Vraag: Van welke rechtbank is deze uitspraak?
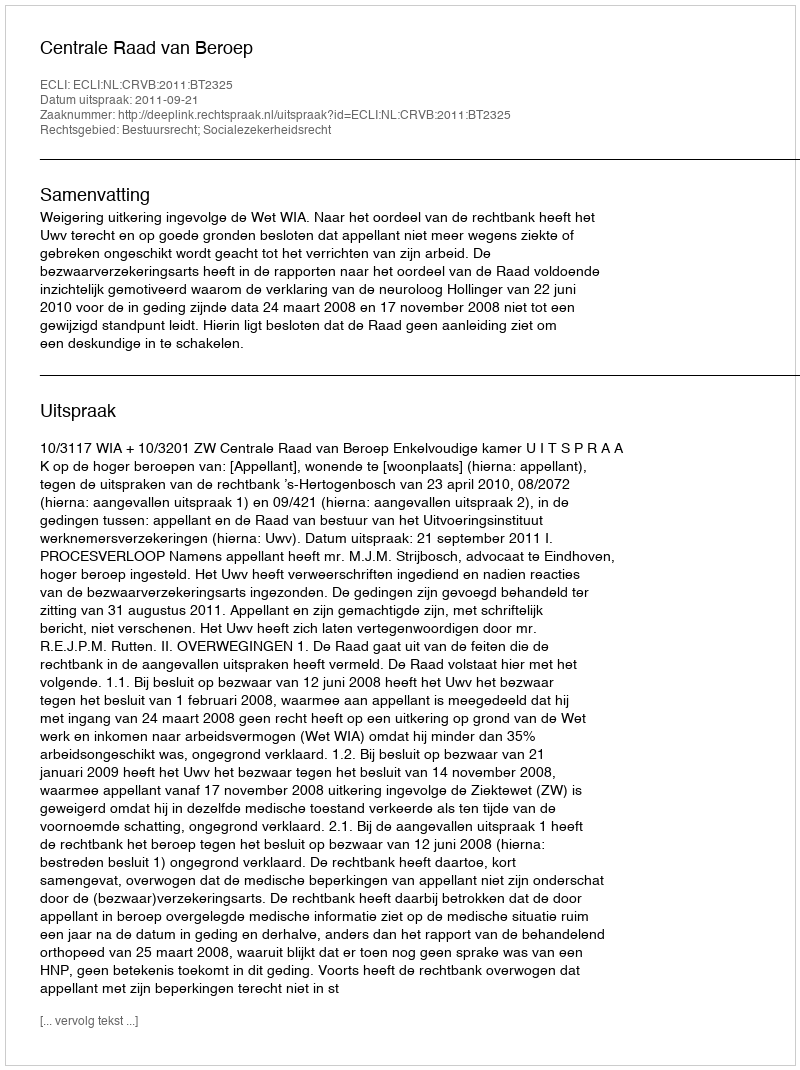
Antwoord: Centrale Raad van Beroep